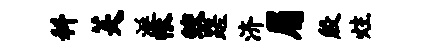
料芙涎帐鲛蹉济眉殷炷